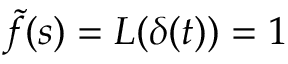
\tilde { f } ( s ) = { \cal L } ( \delta ( t ) ) = 1